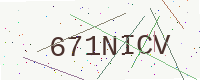
Text: 671NICV